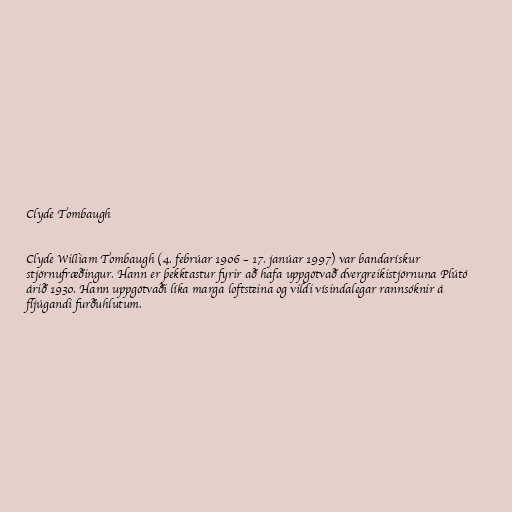
Clyde Tombaugh

Clyde William Tombaugh (4. febrúar 1906 – 17. janúar 1997) var bandarískur
stjörnufræðingur. Hann er þekktastur fyrir að hafa uppgötvað dvergreikistjörnuna Plútó
árið 1930. Hann uppgötvaði líka marga loftsteina og vildi vísindalegar rannsóknir á
fljúgandi furðuhlutum.